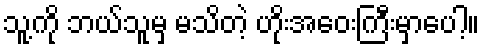
သူ့ကို ဘယ်သူမှ မသိတဲ့ ဟိုးအဝေးကြီးမှာပေါ့။